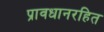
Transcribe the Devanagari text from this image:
प्रावधानरहित